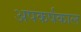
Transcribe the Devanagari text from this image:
अपकर्षकाल